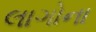
લાગોના